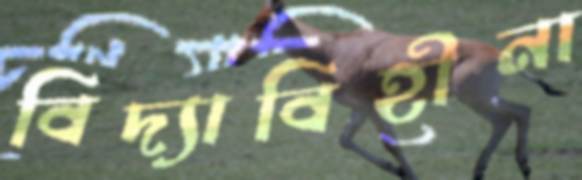
বিদ্যাবিহীনা